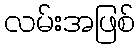
လမ်းအဖြစ်